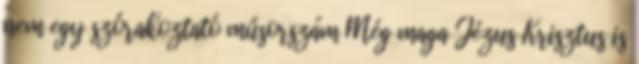
nem egy szórakoztató műsorszám Még maga Jézus Krisztus is